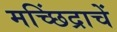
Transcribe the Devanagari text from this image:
मच्छिंद्राचें